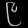
Digit: ၉